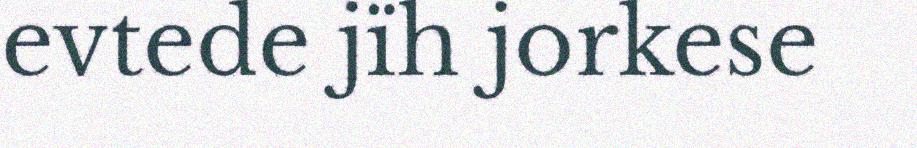
evtede jïh jorkese